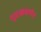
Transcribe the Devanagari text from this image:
शूद्रकवर्णन